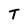
Character: T